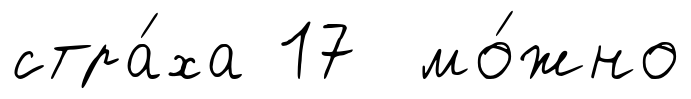
стра́ха 17 мо́жно